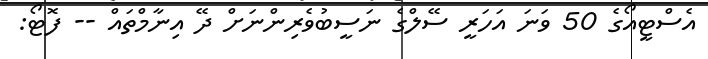
އެސްޓީއޯގެ 50 ވަނަ އަހަރީ ސޭލްގެ ނަސީބުވެރިންނަށް ދޭ އިނާމްތައް -- ފޮޓޯ: